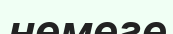
немеге